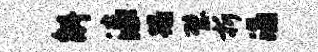
斛漆蹋璧折涌